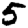
Digit: 5